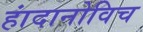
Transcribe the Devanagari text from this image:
हांदानोविच